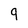
Character: 9